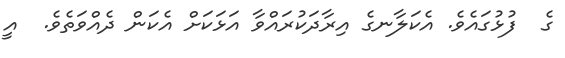
ގެ  ފުޅުގައެވެ. އެކަލާނގެ އިރާދަކުރައްވާ އަޅަކަށް އެކަން ދެއްވަތެވެ.  އީ